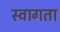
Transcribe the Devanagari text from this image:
स्वागता